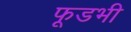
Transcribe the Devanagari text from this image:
फूडभी